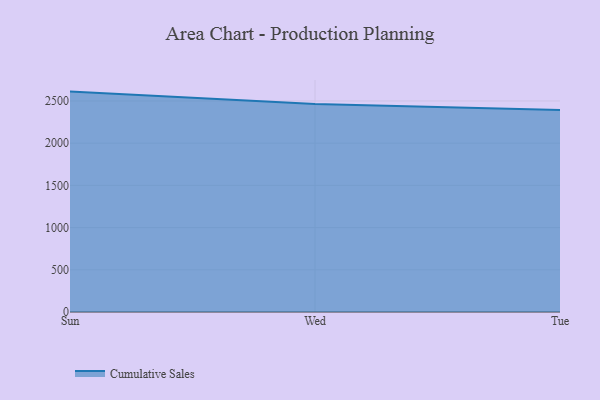
{"axis": {"x": "Day", "y": "Demand Index"}, "legend": ["Cumulative Sales"], "data": [{"x": "Sun", "y": 2610.8, "type": "Cumulative Sales"}, {"x": "Wed", "y": 2464.1, "type": "Cumulative Sales"}, {"x": "Tue", "y": 2392.2, "type": "Cumulative Sales"}]}